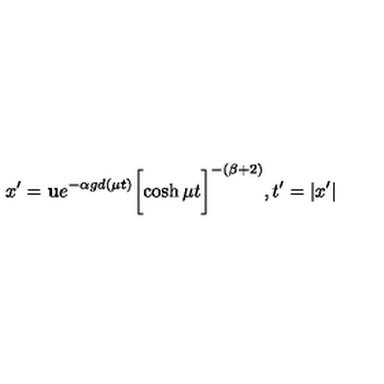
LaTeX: x ^ { \prime } = { \bf u } e ^ { - \alpha g d ( \mu t ) } \biggl [ \cosh { \mu t } \biggr ] ^ { - ( \beta + 2 ) } , t ^ { \prime } = | x ^ { \prime } |